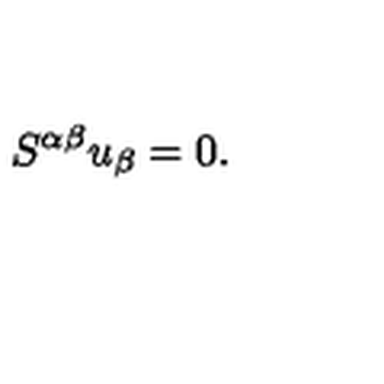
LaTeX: S ^ { \alpha \beta } u _ { \beta } = 0 .